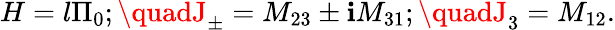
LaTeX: H=l\Pi_{0};\quadJ_{\pm}=M_{23}\pm\mathbf{i}M_{31};\quadJ_{3}=M_{12}.